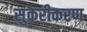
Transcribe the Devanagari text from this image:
सुकरीकरण